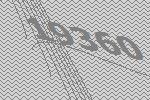
19360